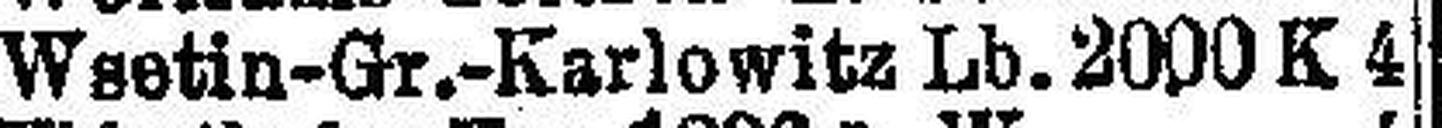
Wsetin-Gr.-Karlowitz Lb. 2000 K 4